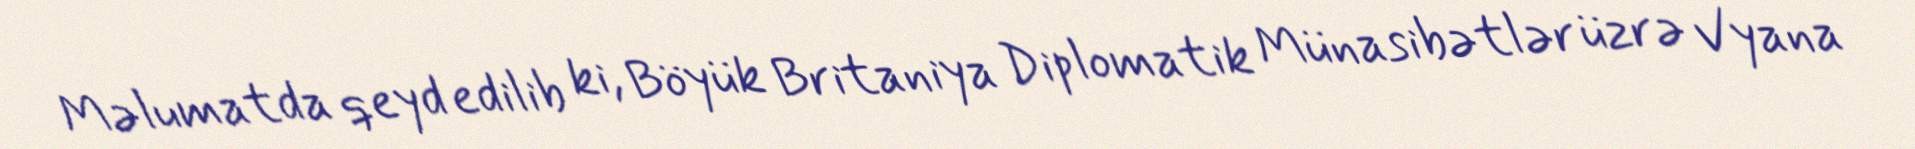
Məlumatda qeyd edilib ki, Böyük Britaniya Diplomatik Münasibətlər üzrə Vyana